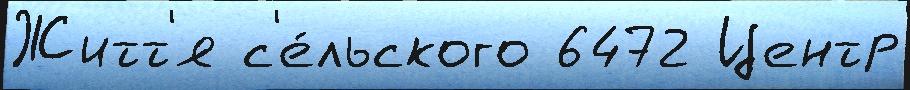
Житт'я с'е́льского 6472 Центр